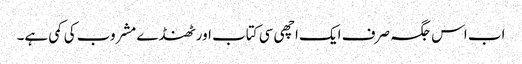
اب اس جگہ صرف ایک اچھی سی کتاب اور ٹھنڈے مشروب کی کمی ہے۔